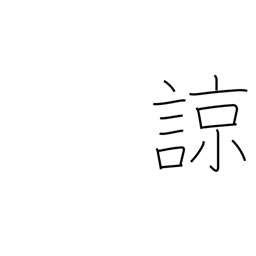
Meaning: understand